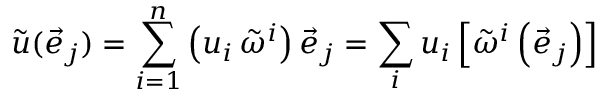
{ \tilde { u } } ( { \vec { e } } _ { j } ) = \sum _ { i = 1 } ^ { n } \left( u _ { i } \, { \tilde { \omega } } ^ { i } \right) { \vec { e } } _ { j } = \sum _ { i } u _ { i } \left[ { \tilde { \omega } } ^ { i } \left( { \vec { e } } _ { j } \right) \right]